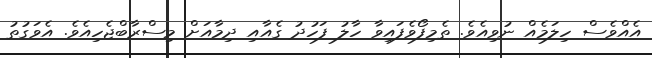
އެއްވެސް ހިލަމެއް ނުވިއެވެ. ތެމިފޯވެފައިވާ ހާލު ފަހުދު ގެއާއި ދިމާއަށް މިސްރާބްޖެހިއެވެ. އެވަގުތު